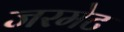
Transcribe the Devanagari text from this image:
जरमेट